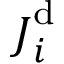
\boldsymbol { J } _ { i } ^ { \mathrm { d } }